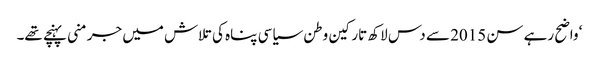
‘ واضح رہے سن 2015 سے دس لاکھ تارکین وطن سیاسی پناہ کی تلاش میں جرمنی پہنچے تھے۔